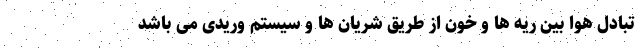
تبادل هوا بین ریه ها و خون از طریق شریان ها و سیستم وریدی می باشد